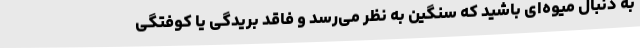
به دنبال میوه‌ای باشید که سنگین به نظر می‌رسد و فاقد بریدگی یا کوفتگی